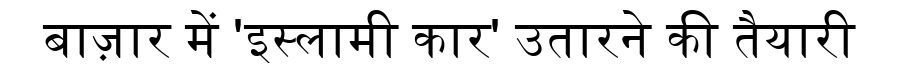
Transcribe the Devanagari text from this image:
बाज़ार में 'इस्लामी कार' उतारने की तैयारी